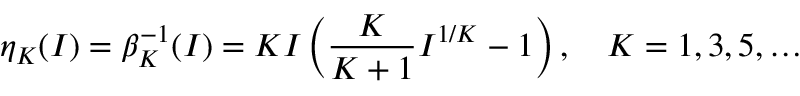
\eta _ { K } ( I ) = \beta _ { K } ^ { - 1 } ( I ) = K I \left( \frac { K } { K + 1 } I ^ { 1 / K } - 1 \right) , \quad K = 1 , 3 , 5 , \ldots